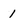
Character: 1